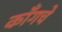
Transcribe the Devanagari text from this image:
काँगचे